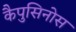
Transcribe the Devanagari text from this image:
कैपुसिनोस